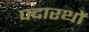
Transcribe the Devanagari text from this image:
पदारथों